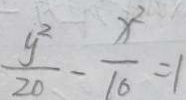
\frac { y ^ { 2 } } { 2 0 } - \frac { x ^ { 2 } } { 1 6 } = 1